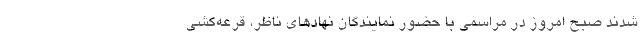
شدند صبح امروز در مراسمی با حضور نمایندگان نهادهای ناظر، قرعه‌کشی